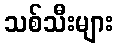
သစ်သီးများ